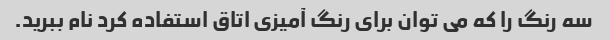
سه رنگ را که می توان برای رنگ آمیزی اتاق استفاده کرد نام ببرید.